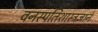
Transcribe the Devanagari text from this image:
वनस्पतिशास्त्रज्ञाने